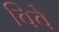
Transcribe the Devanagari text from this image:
विवे